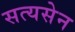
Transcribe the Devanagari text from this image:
सत्यसेन